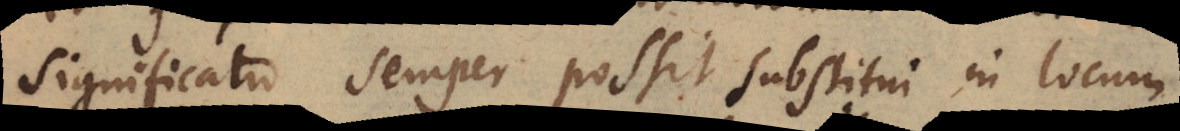
significatio semper possit substitui in locum